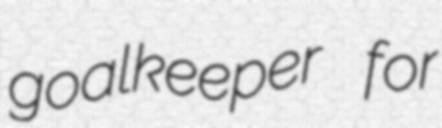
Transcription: goalkeeper for